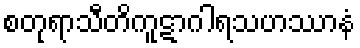
စတုရာသီတိကူဋာဂါရသဟဿာနံ